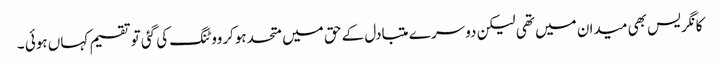
کانگریس بھی میدان میں تھی لیکن دوسر ے متبادل کے حق میں متحدہوکرووٹنگ کی گئی توتقسیم کہاں ہوئی ۔